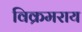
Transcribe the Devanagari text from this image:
विक्रमराय